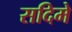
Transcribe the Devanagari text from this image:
सदिमे